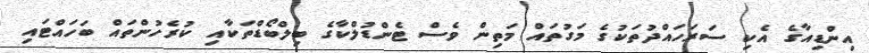
އިންޑިއާގެ އެކި ސަރަހައްދުތަކުގެ މަގުތައް މަތިން ވެސް ޓެންޑުލްކާގެ ބިލްބޯޑްތަކާއި ކުރެހުންތައް ބަހައްޓައި